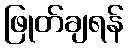
ဖြုတ်ချရန်